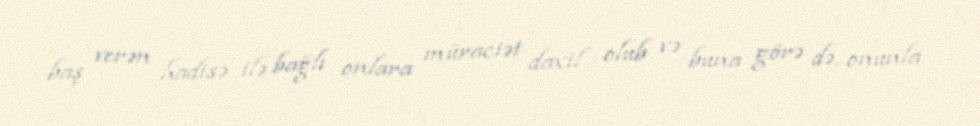
baş verən hadisə ilə bağlı onlara müraciət daxil olub və buna görə də, onunla